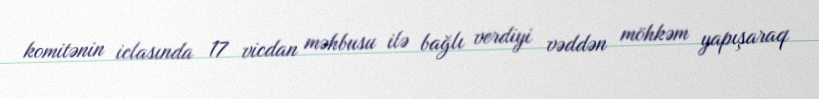
komitənin iclasında 17 vicdan məhbusu ilə bağlı verdiyi vəddən möhkəm yapışaraq